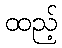
ထည့်